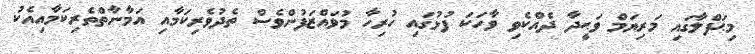
މިޙަފްލާގައި މަރިޔަމް ވަޙީދާ ދެއްކެވި ވާހަކަ ފުޅުގައި ހުރިހާ މުވައްޒަފުންވެސް ތެދުވެރިކަމާއި އަމާނާތްތެރިކަމާއިއެކު